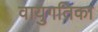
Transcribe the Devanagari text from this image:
वायुगतिका